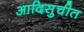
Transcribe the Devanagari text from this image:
आदिसुचीत